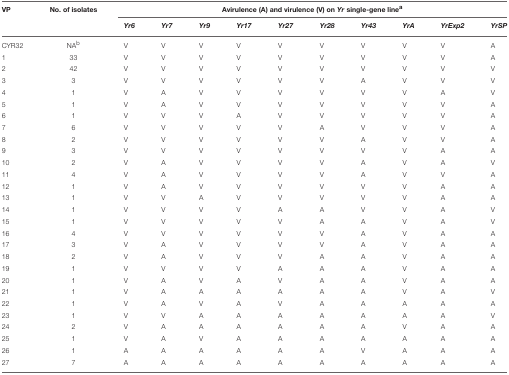
<table><thead><tr><td><b>VP</b></td><td><b>No. of isolates</b></td><td colspan="10"><b>Avirulence (A) and virulence (V) on<i>Yr</i>single-gene line<sup>a</sup></b></td></tr><tr><td></td><td></td><td><b><i>Yr6</i></b></td><td><b><i>Yr7</i></b></td><td><b><i>Yr9</i></b></td><td><b><i>Yr17</i></b></td><td><b><i>Yr27</i></b></td><td><b><i>Yr28</i></b></td><td><b><i>Yr43</i></b></td><td><b><i>YrA</i></b></td><td><b><i>YrExp2</i></b></td><td><b><i>YrSP</i></b></td></tr></thead><tbody><tr><td>CYR32</td><td>NA<sup>b</sup></td><td>V</td><td>V</td><td>V</td><td>V</td><td>V</td><td>V</td><td>V</td><td>V</td><td>V</td><td>A</td></tr><tr><td>1</td><td>33</td><td>V</td><td>V</td><td>V</td><td>V</td><td>V</td><td>V</td><td>V</td><td>V</td><td>V</td><td>A</td></tr><tr><td>2</td><td>42</td><td>V</td><td>V</td><td>V</td><td>V</td><td>V</td><td>V</td><td>V</td><td>V</td><td>V</td><td>V</td></tr><tr><td>3</td><td>3</td><td>V</td><td>V</td><td>V</td><td>V</td><td>V</td><td>V</td><td>A</td><td>V</td><td>V</td><td>V</td></tr><tr><td>4</td><td>1</td><td>V</td><td>A</td><td>V</td><td>V</td><td>V</td><td>V</td><td>V</td><td>V</td><td>A</td><td>V</td></tr><tr><td>5</td><td>1</td><td>V</td><td>A</td><td>V</td><td>V</td><td>V</td><td>V</td><td>V</td><td>V</td><td>V</td><td>A</td></tr><tr><td>6</td><td>1</td><td>V</td><td>V</td><td>V</td><td>A</td><td>V</td><td>V</td><td>V</td><td>V</td><td>V</td><td>A</td></tr><tr><td>7</td><td>6</td><td>V</td><td>V</td><td>V</td><td>V</td><td>V</td><td>A</td><td>V</td><td>V</td><td>V</td><td>A</td></tr><tr><td>8</td><td>2</td><td>V</td><td>V</td><td>V</td><td>V</td><td>V</td><td>V</td><td>A</td><td>V</td><td>V</td><td>A</td></tr><tr><td>9</td><td>3</td><td>V</td><td>V</td><td>V</td><td>V</td><td>V</td><td>V</td><td>V</td><td>V</td><td>A</td><td>A</td></tr><tr><td>10</td><td>2</td><td>V</td><td>A</td><td>V</td><td>V</td><td>V</td><td>V</td><td>A</td><td>V</td><td>A</td><td>V</td></tr><tr><td>11</td><td>4</td><td>V</td><td>A</td><td>V</td><td>V</td><td>V</td><td>V</td><td>A</td><td>V</td><td>V</td><td>A</td></tr><tr><td>12</td><td>1</td><td>V</td><td>A</td><td>V</td><td>V</td><td>V</td><td>V</td><td>V</td><td>V</td><td>A</td><td>A</td></tr><tr><td>13</td><td>1</td><td>V</td><td>V</td><td>A</td><td>V</td><td>V</td><td>V</td><td>V</td><td>V</td><td>A</td><td>A</td></tr><tr><td>14</td><td>1</td><td>V</td><td>V</td><td>V</td><td>V</td><td>A</td><td>A</td><td>V</td><td>V</td><td>A</td><td>V</td></tr><tr><td>15</td><td>1</td><td>V</td><td>V</td><td>V</td><td>V</td><td>V</td><td>A</td><td>A</td><td>V</td><td>A</td><td>V</td></tr><tr><td>16</td><td>4</td><td>V</td><td>V</td><td>V</td><td>V</td><td>V</td><td>V</td><td>A</td><td>V</td><td>A</td><td>A</td></tr><tr><td>17</td><td>3</td><td>V</td><td>A</td><td>V</td><td>V</td><td>V</td><td>V</td><td>A</td><td>V</td><td>A</td><td>A</td></tr><tr><td>18</td><td>2</td><td>V</td><td>A</td><td>V</td><td>V</td><td>V</td><td>A</td><td>A</td><td>V</td><td>A</td><td>A</td></tr><tr><td>19</td><td>1</td><td>V</td><td>V</td><td>V</td><td>V</td><td>A</td><td>A</td><td>A</td><td>V</td><td>A</td><td>A</td></tr><tr><td>20</td><td>1</td><td>V</td><td>A</td><td>V</td><td>A</td><td>V</td><td>A</td><td>A</td><td>V</td><td>A</td><td>A</td></tr><tr><td>21</td><td>1</td><td>V</td><td>A</td><td>A</td><td>A</td><td>A</td><td>A</td><td>A</td><td>V</td><td>A</td><td>V</td></tr><tr><td>22</td><td>1</td><td>V</td><td>A</td><td>V</td><td>A</td><td>V</td><td>A</td><td>A</td><td>A</td><td>A</td><td>A</td></tr><tr><td>23</td><td>1</td><td>V</td><td>V</td><td>A</td><td>A</td><td>A</td><td>A</td><td>A</td><td>A</td><td>A</td><td>V</td></tr><tr><td>24</td><td>2</td><td>V</td><td>A</td><td>A</td><td>A</td><td>A</td><td>A</td><td>A</td><td>V</td><td>A</td><td>A</td></tr><tr><td>25</td><td>1</td><td>V</td><td>A</td><td>V</td><td>A</td><td>A</td><td>A</td><td>A</td><td>A</td><td>A</td><td>A</td></tr><tr><td>26</td><td>1</td><td>A</td><td>A</td><td>A</td><td>A</td><td>A</td><td>A</td><td>V</td><td>A</td><td>A</td><td>A</td></tr><tr><td>27</td><td>7</td><td>A</td><td>A</td><td>A</td><td>A</td><td>A</td><td>A</td><td>A</td><td>A</td><td>A</td><td>A</td></tr></tbody></table>